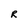
Character: R